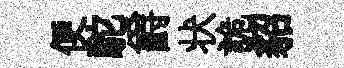
便駝爵状詭貂